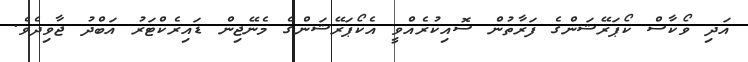
އަދި ވޯކާސް ކޯޕަރޭޝަންގެ ފަރާތުން ސޮއިކުރެއްވީ އެކޯޕަރޭޝަންގެ މެނޭޖިން ޑައިރެކްޓަރު އަބްދު ޖާވިދެވެ.